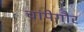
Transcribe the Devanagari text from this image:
चांपेगौर